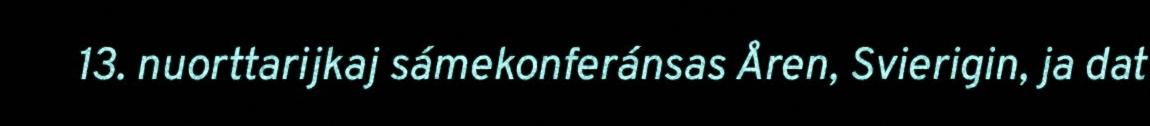
13. nuorttarijkaj sámekonferánsas Åren, Svierigin, ja dat